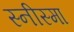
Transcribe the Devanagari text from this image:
स्नीस्मा